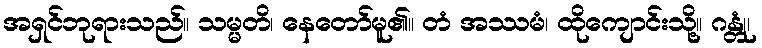
အရှင်ဘုရားသည်။ သမ္မတိ၊ နေတော်မူ၏။ တံ အဿမံ၊ ထိုကျောင်းသို့။ ဂန္တုံ၊